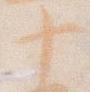
十